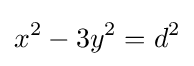
x^{2}-3y^{2}=d^{2}